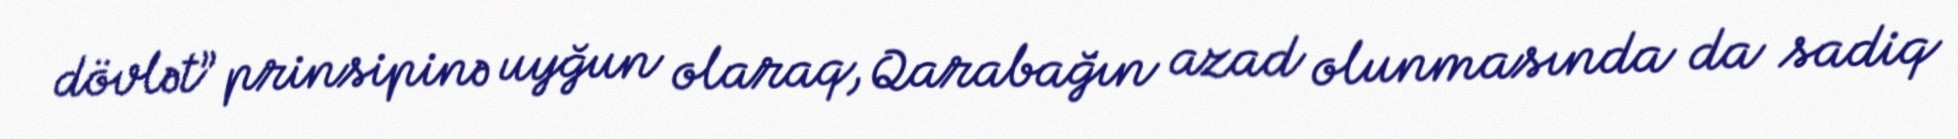
dövlət” prinsipinə uyğun olaraq, Qarabağın azad olunmasında da sadiq